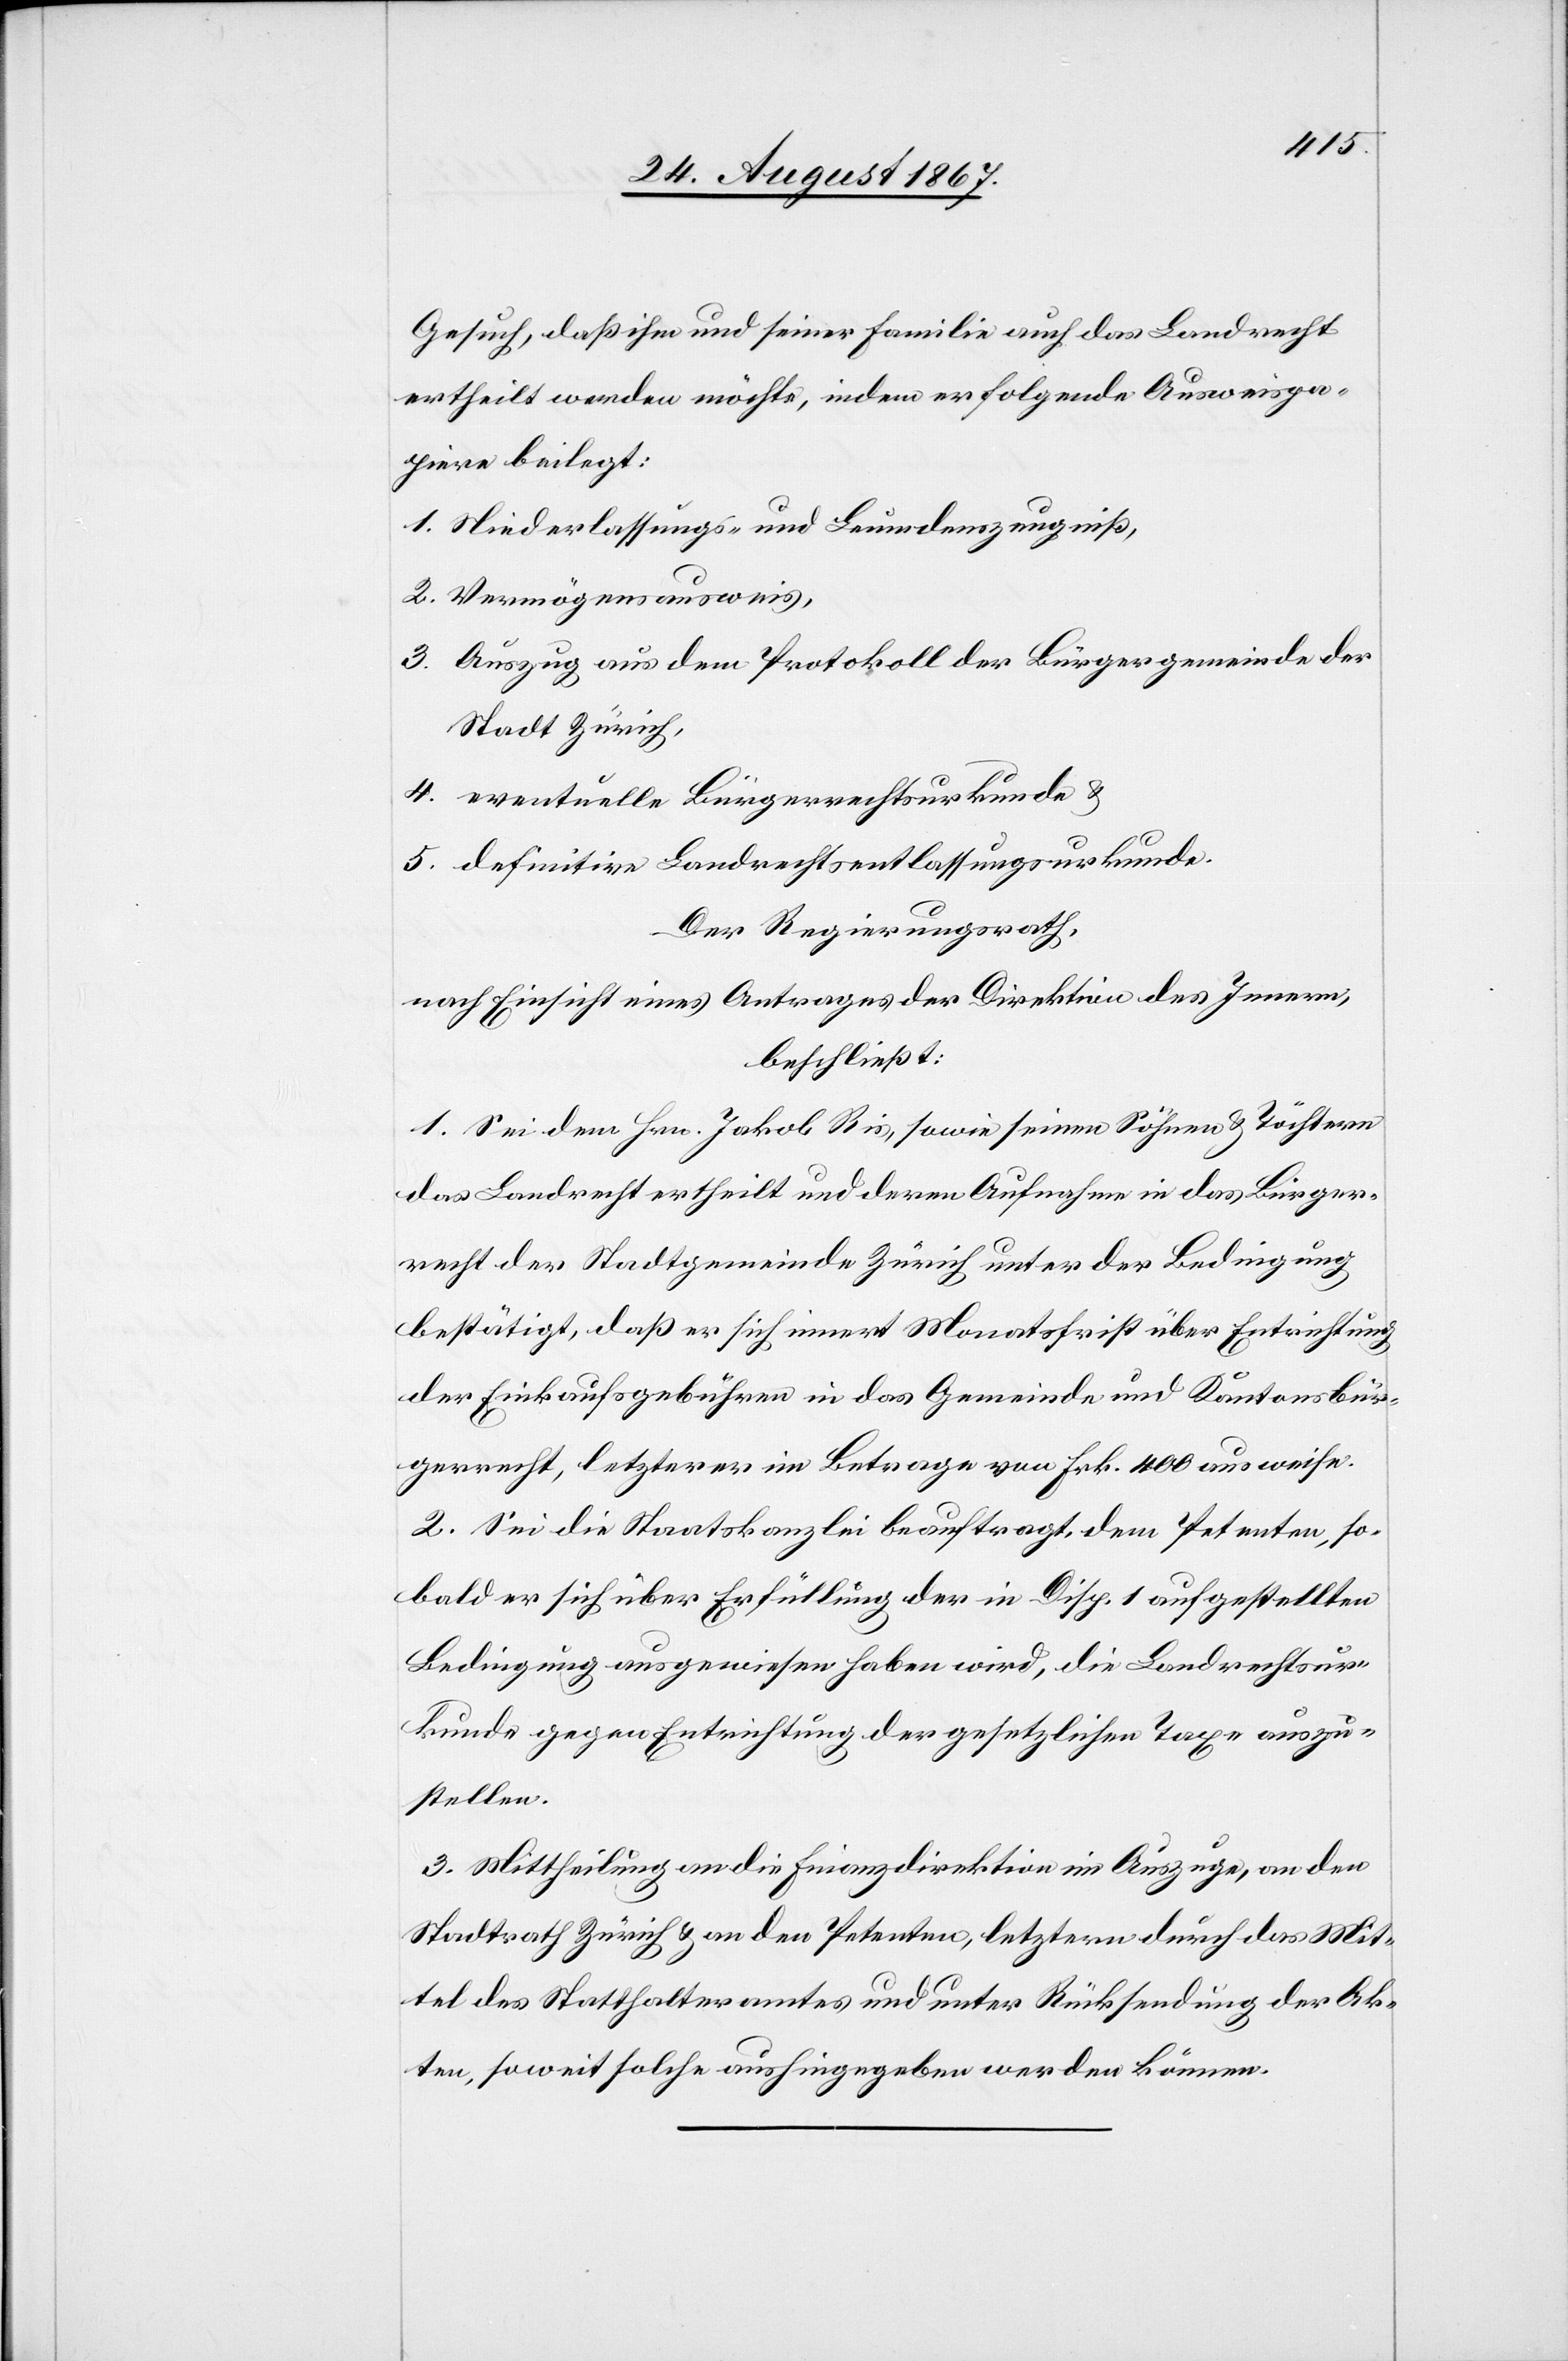
Gesuch, daß ihm und seiner Familie auch das Landrecht
ertheilt werden möchte, indem er folgende Ausweispa¬
piere beilegt:
1. Niederlassungs- und Leumdenszeugniß,
2. Vermögensausweis,
3. Auszug aus dem Protokoll der Bürgergemeinde der
Stadt Zürich,
4. eventuelle Bürgerrechtsurkunde u.
5. definitive Landrechtsentlassungsurkunde.
Der Regierungsrath,
nach Einsicht eines Antrages der Direktion des Innern,
beschließt:
1. Sei dem Hrn. Jakob Ris, sowie seinen Söhnen u. Töchtern
das Landrecht ertheilt und deren Aufnahme in das Bürger¬
recht der Stadtgemeinde Zürich unter der Bedingung
bestätigt, daß er sich innert Monatsfrist über Entrichtung
der Einkaufsgebühren in das Gemeinde- und Kantonsbür¬
gerrecht, letzterer im Betrage von Frk. 400 ausweise.
2. Sei die Staatskanzlei beauftragt, dem Petenten, so¬
bald er sich über Erfüllung der in Disp. 1 aufgestellten
Bedingung ausgewiesen haben wird, die Landrechtsur¬
kunde gegen Entrichtung der gesetzlichen Taxe auszu¬
stellen.
3. Mittheilung an die Finanzdirektion im Auszuge, an den
Stadtrath Zürich u. an den Petenten, letztern durch das Mit¬
tel des Statthalteramtes und unter Rücksendung der Ak¬
ten, soweit solche aushingegeben werden können.